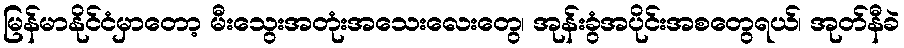
မြန်မာနိုင်ငံမှာတော့ မီးသွေးအတုံးအသေးလေးတွေ၊ အုန်းခွံအပိုင်းအစတွေရယ်၊ အုတ်နီခဲ